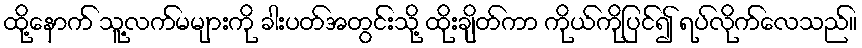
ထို့နောက် သူ့လက်မများကို ခါးပတ်အတွင်းသို့ ထိုးချိတ်ကာ ကိုယ်ကိုပြင်၍ ရပ်လိုက်လေသည်။